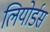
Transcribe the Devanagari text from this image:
लियोर्डस